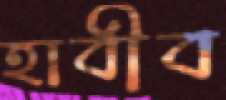
হাবীব